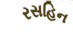
રસહિન